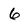
Character: 6